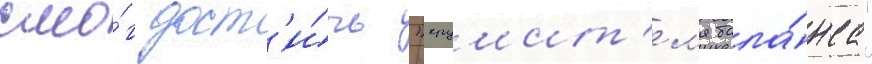
смо́г дост'и́чь "крушит'ел'я бала́нса"